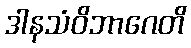
ဒါနသံဝိဘာဂေတိ